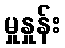
မှုနှုန်း